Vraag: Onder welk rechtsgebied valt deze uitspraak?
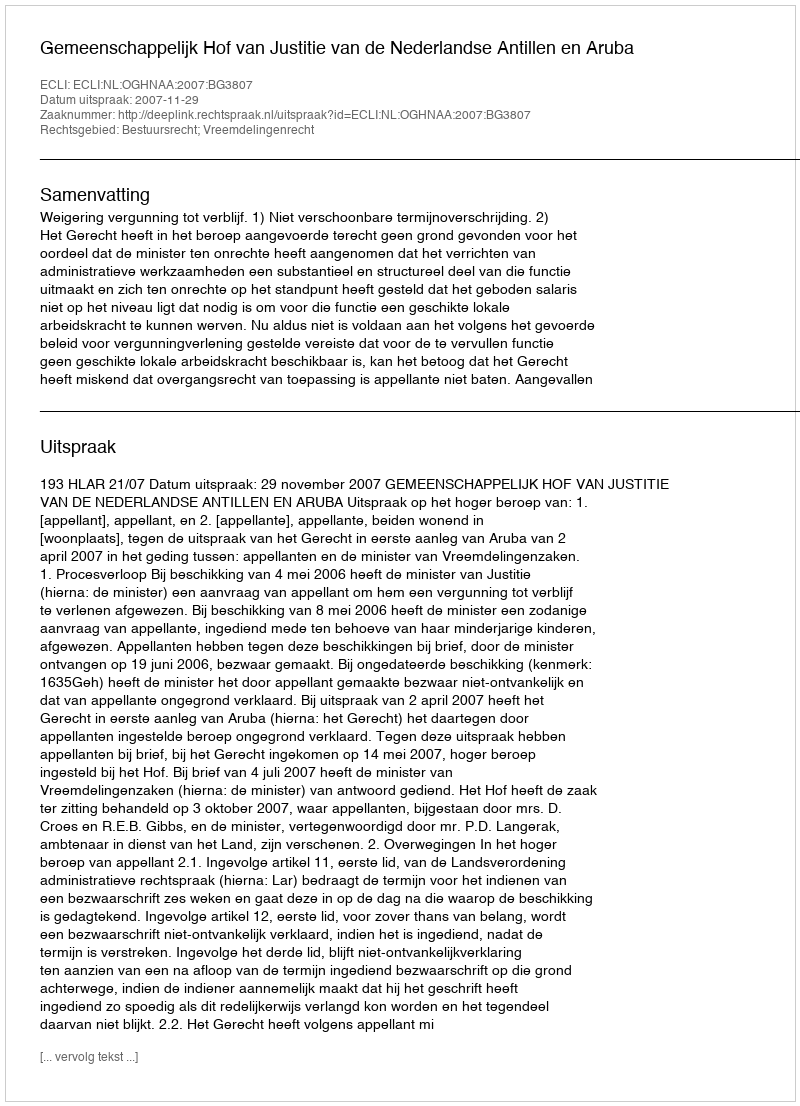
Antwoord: Bestuursrecht; Vreemdelingenrecht